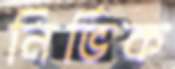
নির্ভিক